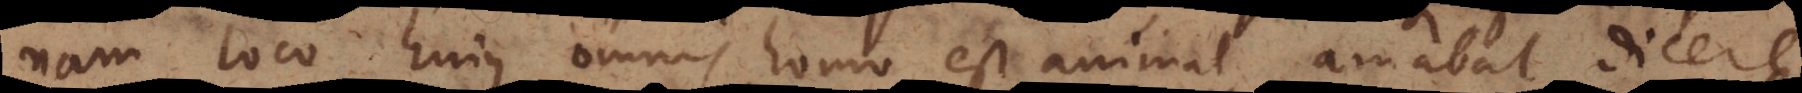
nam loco hujus omnis homo est animal amabat dicere